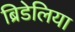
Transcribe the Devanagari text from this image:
ब्रिडेलिया